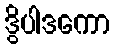
ဒွိပါဒကော